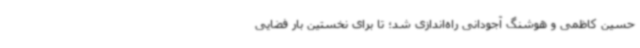
حسین کاظمی و هوشنگ آجودانی راه‌اندازی شد؛ تا برای نخستین بار فضایی